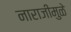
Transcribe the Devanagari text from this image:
नाराजीमुळे